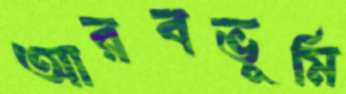
আরবভূমি